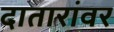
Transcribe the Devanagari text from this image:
दातारांवर